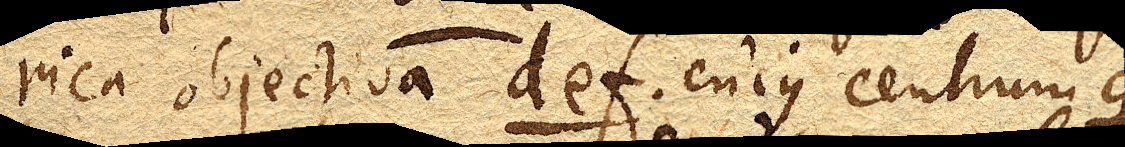
rica objectiva def. cujus centrum g.